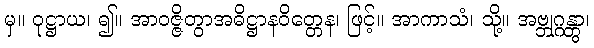
မှ။ ဝုဋ္ဌာယ၊ ၍။ အာဝဇ္ဇိတွာအဓိဋ္ဌာနဝိတ္တေန၊ ဖြင့်။ အာကာသံ၊ သို့။ အဗ္ဘုဂ္ဂန္တွာ၊